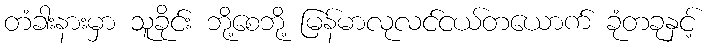
တံခါးနားမှာ သူခိုင်း ဘို့စေဘို့ မြန်မာလုလင်ငယ်တယောက် ခုံတခုနှင့်